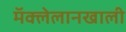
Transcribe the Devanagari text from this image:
मॅक्लेलानखाली